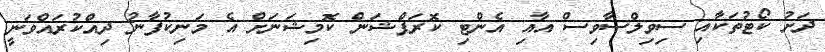
ދަށު ކޯޓުތަކާއި ސިވިލްސާވިސް އާއި އެންޓި ކޮރަޕްޝަން ކޮމިޝަނަށް އެ މަނިކުފާނު ދިއްކުރައްވަނީ